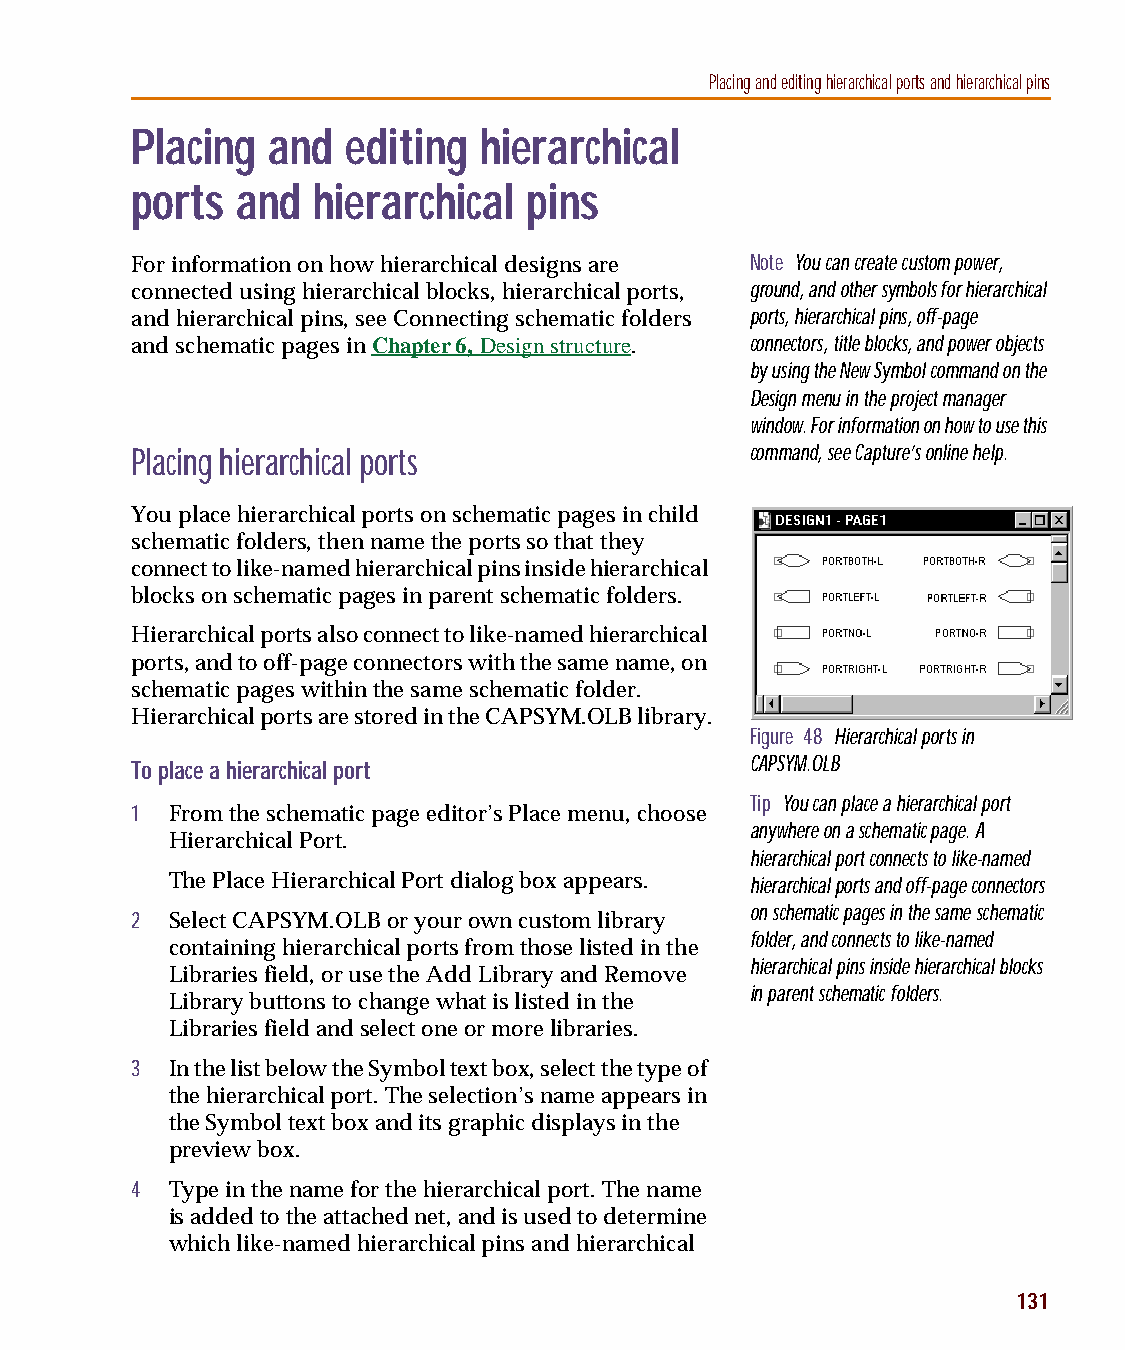
capug.book Page 131 Thursday, November 12, 1998 3:38 PM
 Placing and editing hierarchical ports and hierarchical pins
 Placing  and  editing  hierarchical
 ports  and  hierarchical  pins
 For information on how hierarchical designs are Note You can create custom power,
 connected using hierarchical blocks, hierarchical ports, ground, and other symbols for hierarchical
 and hierarchical pins, see Connecting schematic folders ports, hierarchical pins, off-page
 and schematic pages in Chapter 6, Design structure. connectors, title blocks, and power objects
 by using the New Symbol command on the
 Design menu in the project manager
 window. For information on how to use this
 Placing hierarchical ports               command, see Capture’s online help.
 You place hierarchical ports on schematic pages in child
 schematic folders, then name the ports so that they
 connect to like-named hierarchical pins inside hierarchical
 blocks on schematic pages in parent schematic folders.
 Hierarchical ports also connect to like-named hierarchical
 ports, and to off-page connectors with the same name, on
 schematic pages within the same schematic folder.
 Hierarchical ports are stored in the CAPSYM.OLB library.
 Figure 48 Hierarchical ports in
 CAPSYM.OLB
 To place a hierarchical port
 Tip You can place a hierarchical port
 1 From the schematic page editor’s Place menu, choose
 anywhere on a schematic page. A
 Hierarchical Port.
 hierarchical port connects to like-named
 The Place Hierarchical Port dialog box appears. hierarchical ports and off-page connectors
 on schematic pages in the same schematic
 2 Select CAPSYM.OLB or your own custom library
 folder, and connects to like-named
 containing hierarchical ports from those listed in the
 hierarchical pins inside hierarchical blocks
 Libraries field, or use the Add Library and Remove
 in parent schematic folders.
 Library buttons to change what is listed in the
 Libraries field and select one or more libraries.
 3 In the list below the Symbol text box, select the type of
 the hierarchical port. The selection’s name appears in
 the Symbol text box and its graphic displays in the
 preview box.
 4 Type in the name for the hierarchical port. The name
 is added to the attached net, and is used to determine
 which like-named hierarchical pins and hierarchical
 131